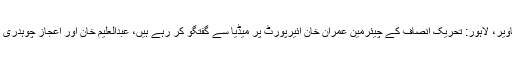
لاہور کی تصاویر، لاہور: تحریک انصاف کے چیئرمین عمران خان ائیرپورٹ پر میڈیا سے گفتگو کر رہے ہیں، عبدالعلیم خان اور اعجاز چوہدری بھی ہمراہ ہیں۔